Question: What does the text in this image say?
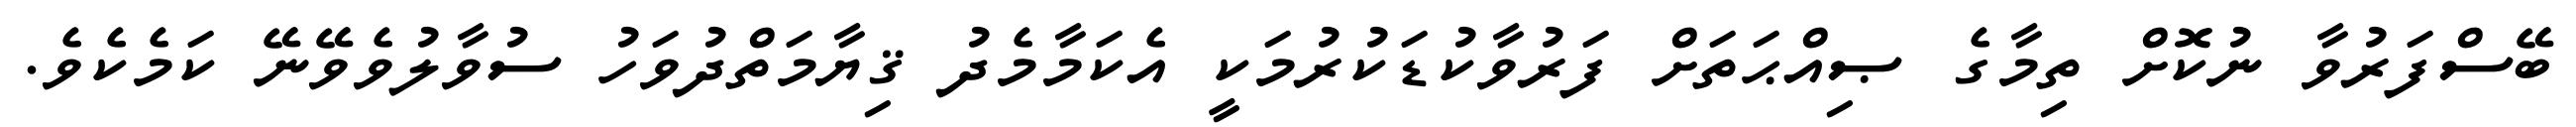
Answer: ބޭސްފަރުވާ ނުކޮށް ތިމާގެ ޞިއްޙަތަށް ފަރުވާކުޑަކުރުމަކީ އެކަމާމެދު ޤިޔާމަތްދުވަހު ސުވާލުވެވޭނޭ ކަމެކެވެ.